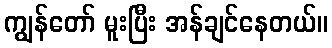
ကျွန်တော် မူးပြီး အန်ချင်နေတယ်။